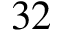
3 2